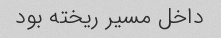
داخل مسیر ریخته بود